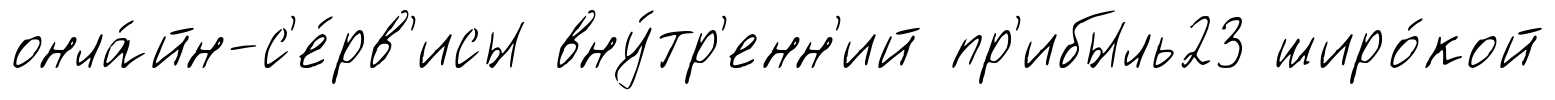
онла́йн-с'е́рв'исы вну́тр'енн'ий пр'ибыль23 широ́кой